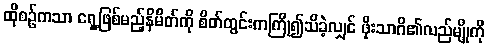
ထိုစဉ်ကသာ ရှေ့ဖြစ်မည့်နိမိတ်ကို စိတ်တွင်းကကြို၍သိခဲ့လျှင် ဖိုးသာဂိ၏လည်မျိုကို